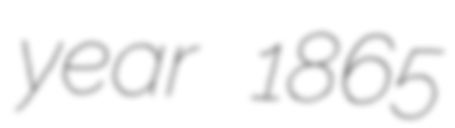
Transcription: year 1865